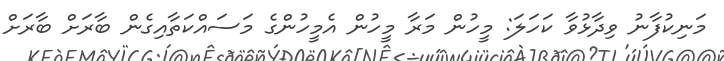
މަނިކުފާނު ވިދާޅުވާ ކަހަލަ: މީހުން މަރާ މީހުން އެމީހުންގެ މަސައްކަތާއިގެން ބާރަށް ބާރަށް